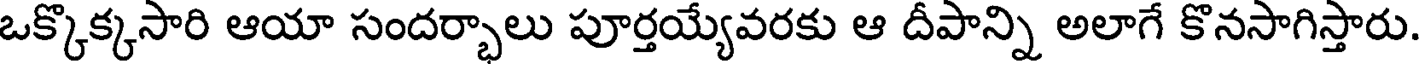
ఒక్కొక్కసారి ఆయా సందర్భాలు పూర్తయ్యేవరకు ఆ దీపాన్ని అలాగే కొనసాగిస్తారు.